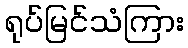
ရုပ်မြင်သံကြား